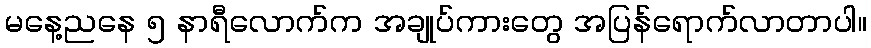
မနေ့ညနေ ၅ နာရီလောက်က အချုပ်ကားတွေ အပြန်ရောက်လာတာပါ။